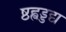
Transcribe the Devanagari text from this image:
ष्ठह्वड्डद्य